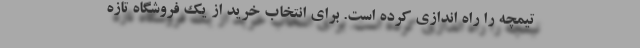
تیمچه را راه اندازی کرده است. برای انتخاب خرید از یک فروشگاه تازه